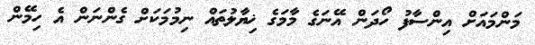
މަންމައަށް އިންސާފު ހޯދަން އޭނަގެ މާމަގެ ޚިޔާލުތައް ނިމުމަކަށް ގެންނަން އެ ހިމޭން